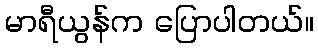
မာရီယွန်က ပြောပါတယ်။